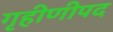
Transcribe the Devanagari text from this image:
गृहीणीपद